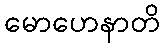
မောဟေနာတိ